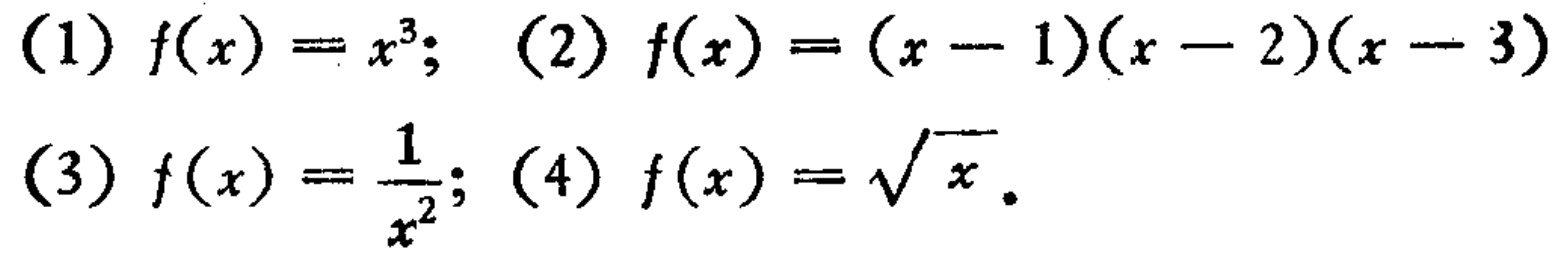
(1) \(f(x)=x^{3}\); (2) \(f(x)=(x - 1)(x - 2)(x - 3)\)
(3) \(f(x)=\frac{1}{x^{2}}\); (4) \(f(x)=\sqrt{x}\).